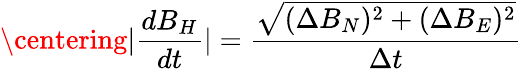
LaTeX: \centering\lvert\frac{dB_{H}}{dt}\rvert=\frac{\sqrt{(\Delta B_{N})^{2}+(\Delta B_{E})^{2}}}{\Delta t}